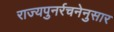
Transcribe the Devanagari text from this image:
राज्यपुनर्रचनेनुसार